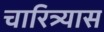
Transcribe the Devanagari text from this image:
चारित्र्यास